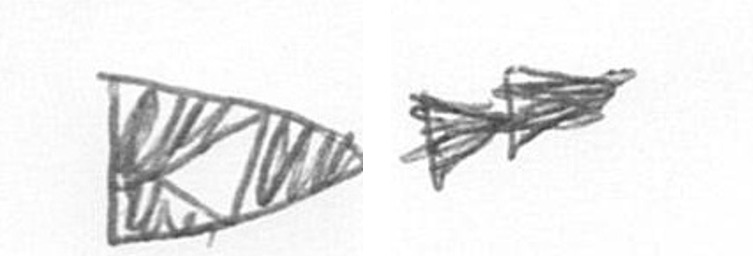
K A